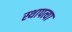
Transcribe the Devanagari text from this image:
स्थापत्या